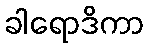
ခါရောဒိကာ